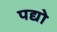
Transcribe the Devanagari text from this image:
पद्यो